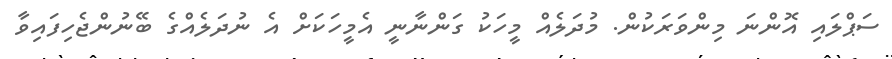
ސަަޕްލައި އޮންނަ މިންވަރަކުން. މުދަލެއް މީހަކު ގަންނާނީ އެމީހަކަށް އެ ނުދަލެއްގެ ބޭނުންޖެހިފައިވާ